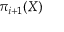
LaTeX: \pi _ { i + 1 } ( X )